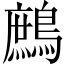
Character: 鷓